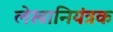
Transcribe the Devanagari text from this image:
लेखानियंत्रक